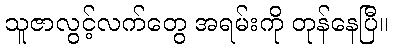
သူဇာလွင့်လက်တွေ အရမ်းကို တုန်နေပြီ။